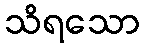
သိရသော